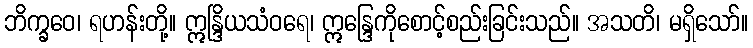
ဘိက္ခဝေ၊ ရဟန်းတို့။ ဣန္ဒြိယသံဝရေ၊ ဣန္ဒြေကိုစောင့်စည်းခြင်းသည်။ အသတိ၊ မရှိသော်။